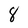
Character: 8